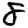
Digit: 8